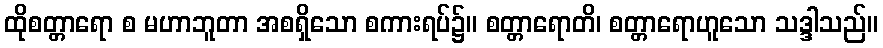
ထိုစတ္တာရော စ မဟာဘူတာ အစရှိသော စကားရပ်၌။ စတ္တာရောတိ၊ စတ္တာရောဟူသော သဒ္ဒါသည်။